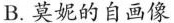
B. 莫妮的自画像